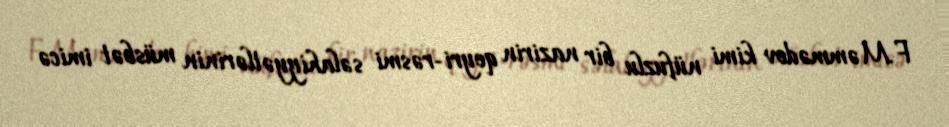
F.Məmmədov kimi nüfuzlu bir nazirin qeyri-rəsmi səlahiyyətlərinin müsbət imicə